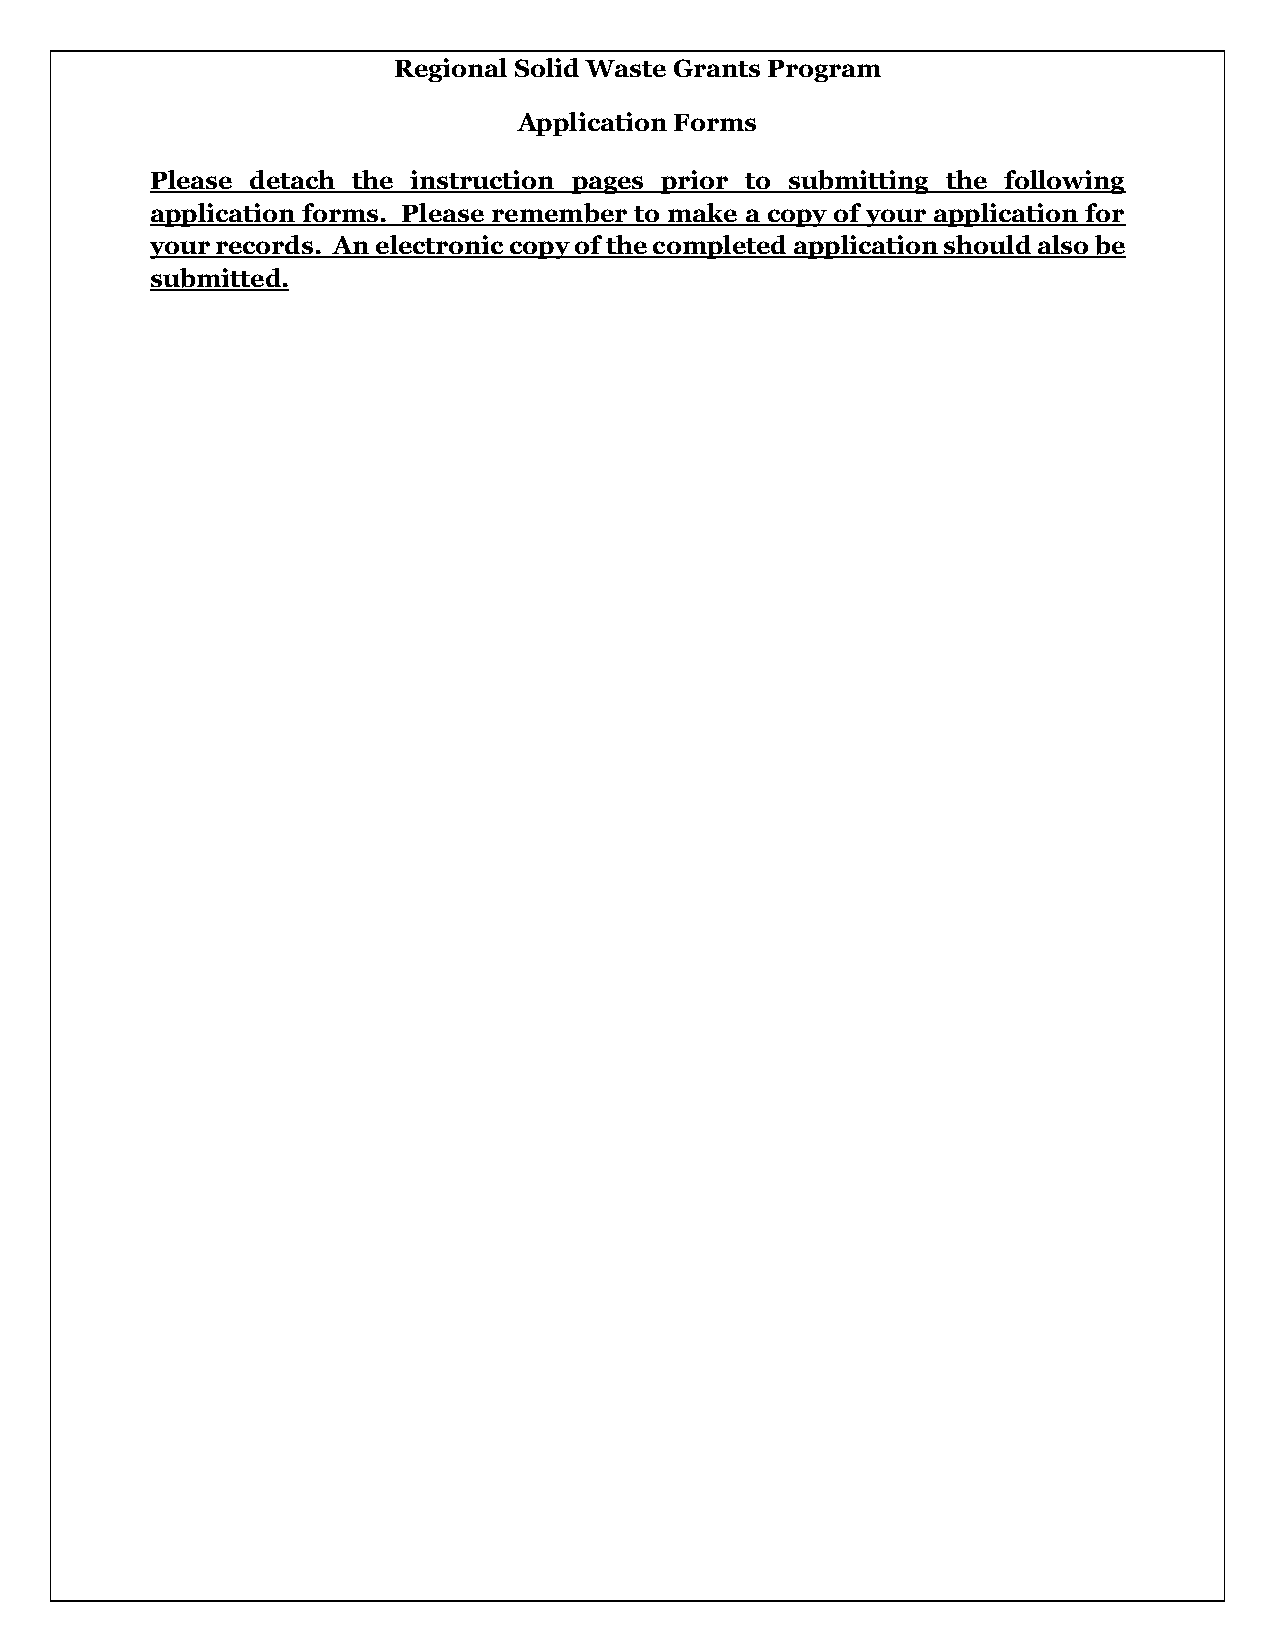
Regional Solid Waste Grants Program
 Application Forms
 Please detach the instruction pages prior to submitting the following
 application forms. Please remember to make a copy of your application for
 your records. An electronic copy of the completed application should also be
 submitted.